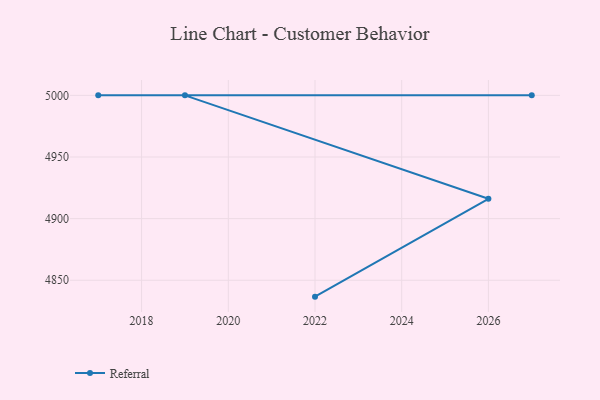
{"axis": {"x": "Year", "y": "Shipments"}, "legend": ["Referral"], "data": [{"x": "2022", "y": 4836.7, "type": "Referral"}, {"x": "2026", "y": 4916.1, "type": "Referral"}, {"x": "2019", "y": 5000, "type": "Referral"}, {"x": "2027", "y": 5000, "type": "Referral"}, {"x": "2017", "y": 5000, "type": "Referral"}]}